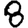
Digit: 8